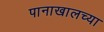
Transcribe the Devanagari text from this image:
पानाखालच्या